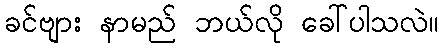
ခင်ဗျား နာမည် ဘယ်လို ခေါ်ပါသလဲ။